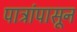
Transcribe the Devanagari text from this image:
पात्रांपासून